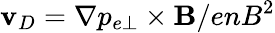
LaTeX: \mathbf{v}_{D}=\nabla p_{e\perp}\times\mathbf{B}/enB^{2}